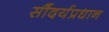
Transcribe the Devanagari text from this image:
सौंदर्यप्रधान